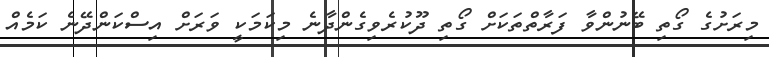
މިރަށުގެ ގޯތި ބޭނުންވާ ފަރާތްތަކަށް ގޯތި ދޫކުރެވިގެންދާނެ މިކަމަކީ ވަރަށް އިސްކަންދޭނެ ކަމެއް